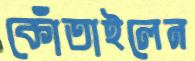
কোঁতাইলেন